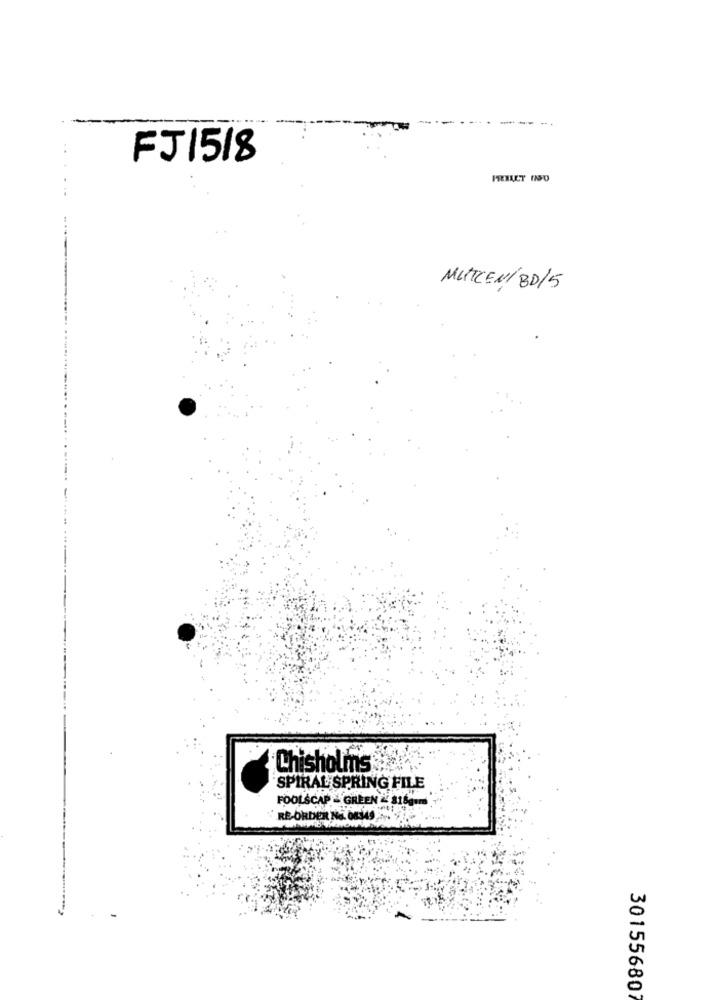
FJ1518
MITCENÍ BD/5
Chisholms
SPIRAL SPRING FILE
FOOLSCAP - GREEN & 816gmm
RE-ORDER No. 08349
301556807